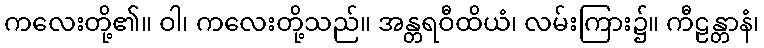
ကလေးတို့၏။ ဝါ၊ ကလေးတို့သည်။ အန္တရဝီထိယံ၊ လမ်းကြား၌။ ကီဠန္တာနံ၊